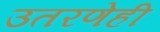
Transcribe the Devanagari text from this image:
उतरणेही